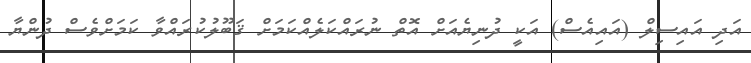
އަދި އައިސިލް (އައިއެސް) އަކީ ދުނިޔެއަށް އޮތް ނުރައްކަލެއްކަމަށް ޤަބޫލުކުރައްވާ ކަމަށްވެސް ދުންޔާ